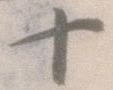
十